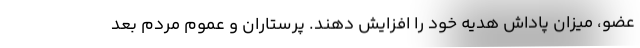
عضو، میزان پاداش هدیه خود را افزایش دهند. پرستاران و عموم مردم بعد